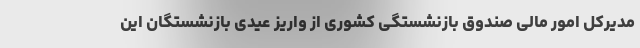
مدیرکل امور مالی صندوق بازنشستگی کشوری از واریز عیدی بازنشستگان این